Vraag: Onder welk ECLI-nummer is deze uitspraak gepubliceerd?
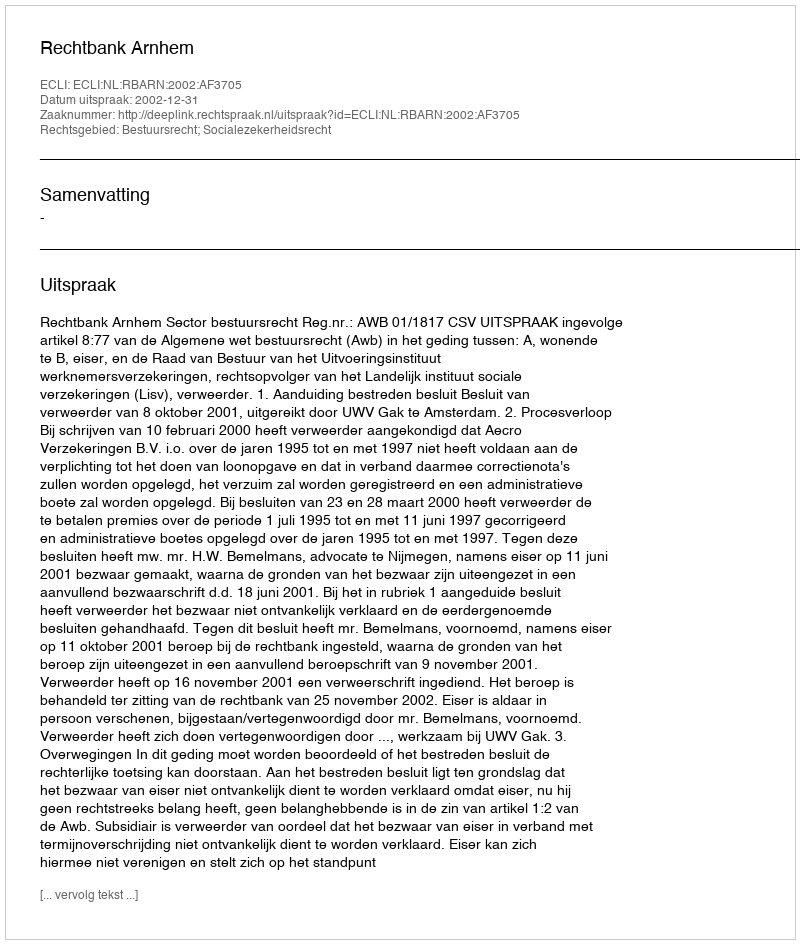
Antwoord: ECLI:NL:RBARN:2002:AF3705